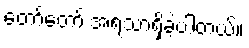
တော်တော် အရသာရှိခဲ့ပါတယ်။